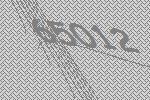
65012